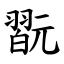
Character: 翫